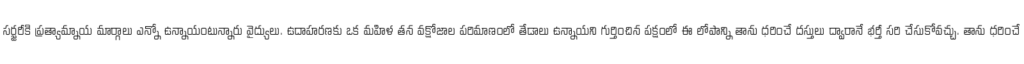
సర్జరీకి ప్రత్యామ్నాయ మార్గాలు ఎన్నో ఉన్నాయంటున్నారు వైద్యులు. ఉదాహరణకు ఒక మహిళ తన వక్షోజాల పరిమాణంలో తేడాలు ఉన్నాయని గుర్తించిన పక్షంలో ఈ లోపాన్ని తాను ధరించే దస్తులు ద్వారానే భర్తీ సరి చేసుకోవచ్చు. తాను ధరించే